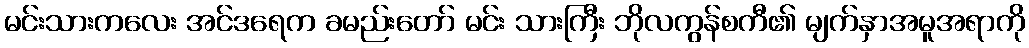
မင်းသားကလေး အင်ဒရေက ခမည်းတော် မင်း သားကြီး ဘိုလကွန်စကီ၏ မျက်နှာအမူအရာကို